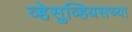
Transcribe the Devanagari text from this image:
व्हेसुव्हियसच्या